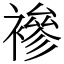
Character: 襂